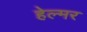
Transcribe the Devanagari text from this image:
हेल्मर